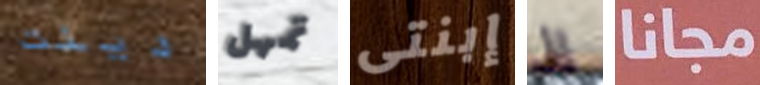
دينت تمهل إبنتى إلى مجانا